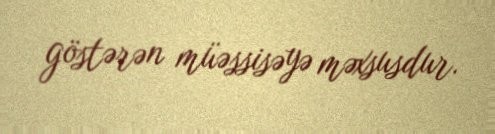
göstərən müəssisəyə məxsusdur.